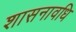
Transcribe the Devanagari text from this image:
शासनावधि